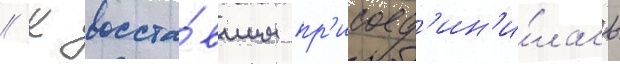
// К восста́вшим пр'исоед'ин'и́лась